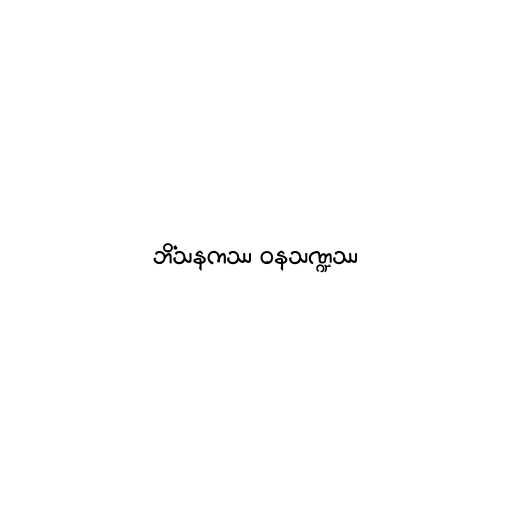
ဘိံသနကဿ ဝနသဏ္ဍဿ